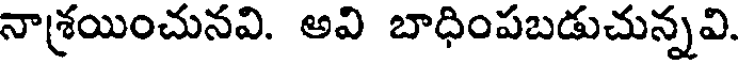
నాశ్రయించునవి. అవి బాధింపబడుచున్నవి.